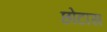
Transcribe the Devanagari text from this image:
छोटास